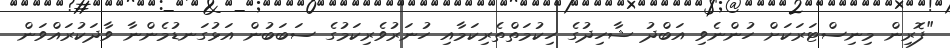
"ފޮރިން މިނިސްޓަރަކަށް ހުންނެވި އަބްދު ޝާހިދުގެ ހިކުމަތްތެރިކަމާއި ހުނަރުވެރިކަމުގެ ސަބަބުން އަޅުގަނޑުމެންނާ ވާދަކުރައްވަން